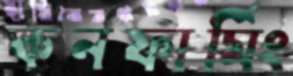
কনফার্মিং